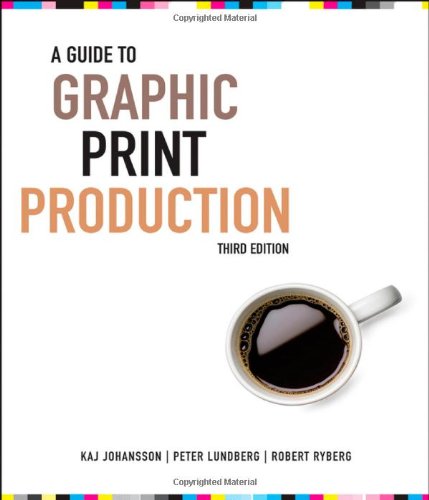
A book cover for A Guide to Graphic Print Production; Kaj Johansson; Arts & Photography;